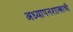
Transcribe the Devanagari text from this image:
अध्यापनशास्त्राची